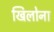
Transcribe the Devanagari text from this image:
खिलोना